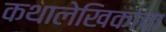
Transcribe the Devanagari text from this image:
कथालेखिकांचा